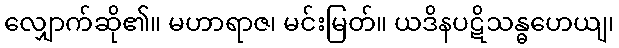
လျှောက်ဆို၏။ မဟာရာဇ၊ မင်းမြတ်။ ယဒိနပဋိသန္ဓဟေယျ၊